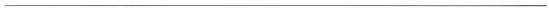
___